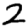
Digit: 2